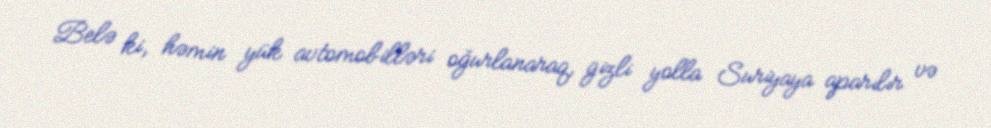
Belə ki, həmin yük avtomobilləri oğurlanaraq, gizli yolla Suriyaya aparılır və